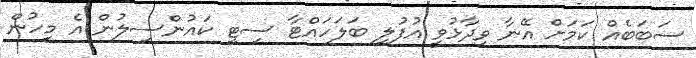
ސަބަބެއް ކަމަށް އޭނާ ވިދާޅުވީ އުފުލި ބަލަހައްޓާ ސިޓީ ކައުންސިލުން އެ މީހުން